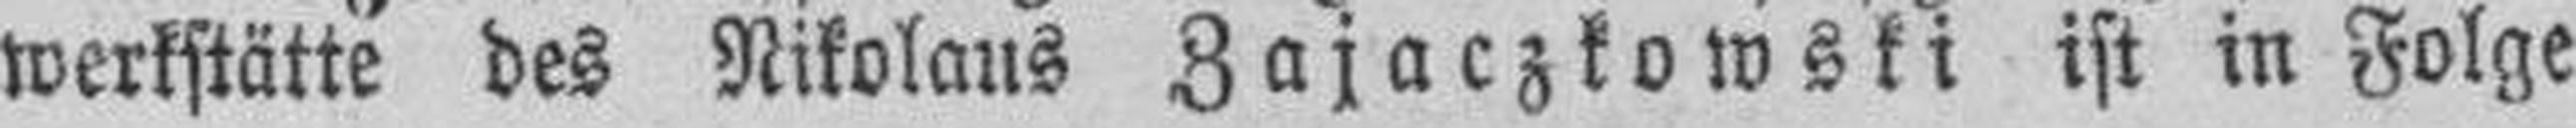
werkstätte des Nikolaus Zajaczkowski ist in Folge